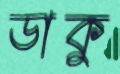
ডাকু